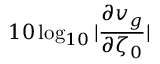
1 0 \log _ { 1 0 } | \frac { \partial v _ { g } } { \partial \zeta _ { 0 } } |